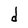
Character: d